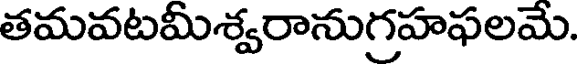
తమవటమీశ్వరానుగ్రహఫలమె.